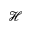
\mathcal { H }